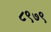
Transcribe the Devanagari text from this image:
८९७९